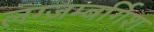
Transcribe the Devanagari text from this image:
लग्ज़म्बर्गिश